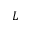
L